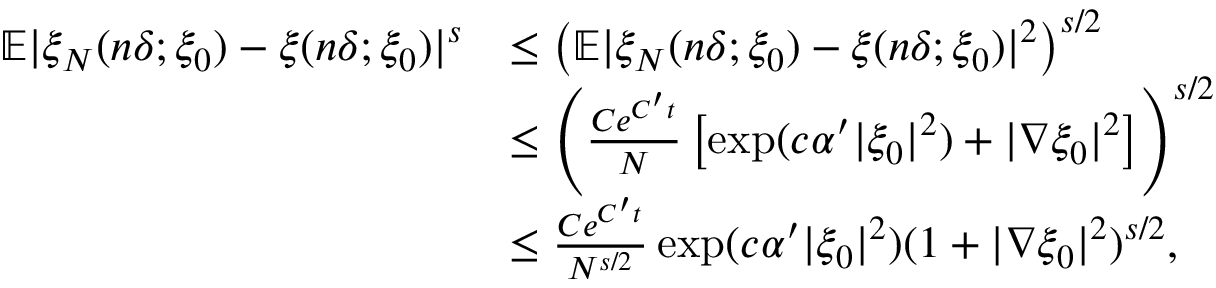
\begin{array} { r l } { \mathbb { E } | \xi _ { N } ( n \delta ; \xi _ { 0 } ) - \xi ( n \delta ; \xi _ { 0 } ) | ^ { s } } & { \leq \left( \mathbb { E } | \xi _ { N } ( n \delta ; \xi _ { 0 } ) - \xi ( n \delta ; \xi _ { 0 } ) | ^ { 2 } \right) ^ { s / 2 } } \\ & { \leq \left( \frac { C e ^ { C ^ { \prime } t } } { N } \left[ \exp ( c \alpha ^ { \prime } | \xi _ { 0 } | ^ { 2 } ) + | \nabla \xi _ { 0 } | ^ { 2 } \right] \right) ^ { s / 2 } } \\ & { \leq \frac { C e ^ { C ^ { \prime } t } } { N ^ { s / 2 } } \exp ( c \alpha ^ { \prime } | \xi _ { 0 } | ^ { 2 } ) ( 1 + | \nabla \xi _ { 0 } | ^ { 2 } ) ^ { s / 2 } , } \end{array}